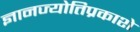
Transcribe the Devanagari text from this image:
ज्ञानज्योतिप्रकाशे